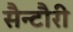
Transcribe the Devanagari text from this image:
सैन्टौरी